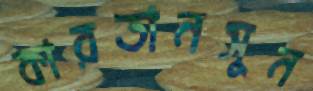
কারতানসুন